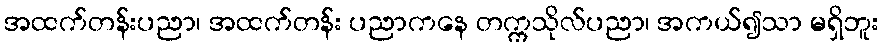
အထက်တန်းပညာ၊ အထက်တန်း ပညာကနေ တက္ကသိုလ်ပညာ၊ အကယ်၍သာ မရှိဘူး